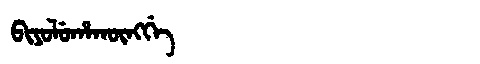
Manchu: ᠪᡳᠶᠣᠯᡠᡥᠠᡴᡡᠩᡤᡝ
Romanization: BIYOLUHAKŪNGGE